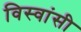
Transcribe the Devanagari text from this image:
विस्‍वांसी